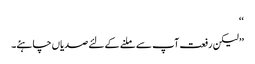
‘‘
’’لیکن رفعت آپ سے ملنے کے لئے صدیاں چاہئے۔